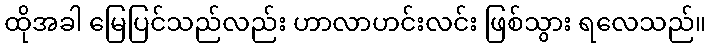
ထိုအခါ မြေပြင်သည်လည်း ဟာလာဟင်းလင်း ဖြစ်သွား ရလေသည်။